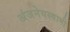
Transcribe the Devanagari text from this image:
अंजनेयस्‍वामी